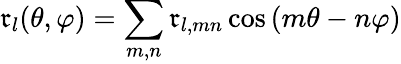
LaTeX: \mathfrak{r}_{l}(\theta,\varphi)=\sum_{m,n}\mathfrak{r}_{l,mn}\cos{(m\theta-n\varphi)}